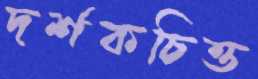
দর্শকচিত্ত